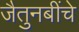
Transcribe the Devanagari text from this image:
जैतुनबींचे